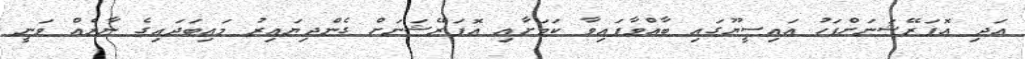
އަދި އޮޕަރޭޝަނަށްފަހު އައިސީޔޫގައި ބާއްވާފައިވާ ކަމަށާއި އޮޕަރޭޝަނަށް ގެންދިޔައިރު މައިބަދައިގެ ނާރެއް ވަނީ